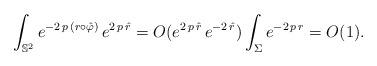
LaTeX: \begin{align*}\int_{\mathbb{S}^2} e ^{- 2 \, p \, (r \circ \hat \varphi)} \, e ^{2 \, p \, \hat r } = O ( e^{2 \, p \, \hat r} \, e^{- 2 \, \hat r}) \int_\Sigma e^{- 2 \, p \, r} = O (1). \end{align*}